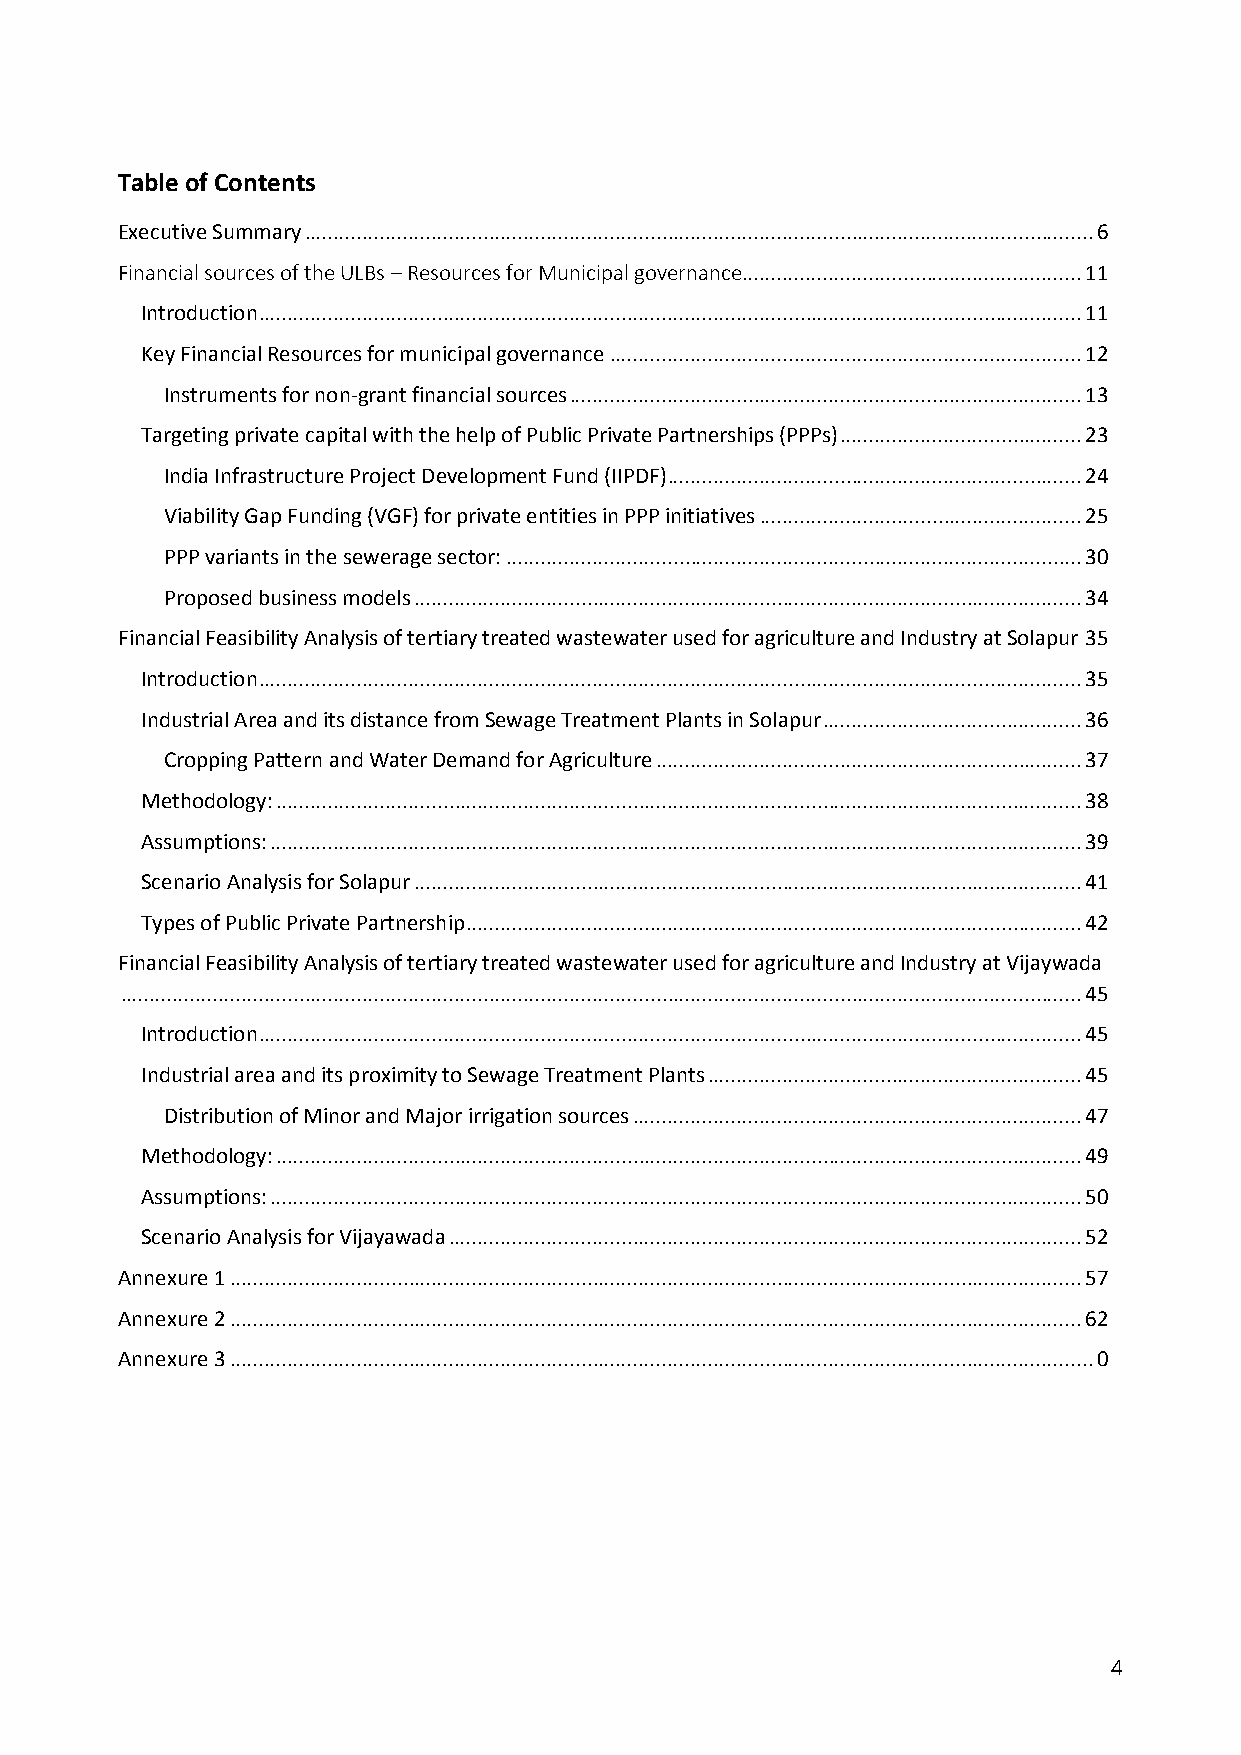
Table of Contents
 Executive Summary ......................................................................................................................................... 6
 Financial sources of the ULBs – Resources for Municipal governance ........................................................... 11
 Introduction ............................................................................................................................................... 11
 Key Financial Resources for municipal governance .................................................................................. 12
 Instruments for non-grant financial sources ......................................................................................... 13
 Targeting private capital with the help of Public Private Partnerships (PPPs) .......................................... 23
 India Infrastructure Project Development Fund (IIPDF) ........................................................................ 24
 Viability Gap Funding (VGF) for private entities in PPP initiatives ........................................................ 25
 PPP variants in the sewerage sector: .................................................................................................... 30
 Proposed business models .................................................................................................................... 34
 Financial Feasibility Analysis of tertiary treated wastewater used for agriculture and Industry at Solapur 35
 Introduction ............................................................................................................................................... 35
 Industrial Area and its distance from Sewage Treatment Plants in Solapur ............................................. 36
 Cropping Pattern and Water Demand for Agriculture .......................................................................... 37
 Methodology: ............................................................................................................................................ 38
 Assumptions: ............................................................................................................................................. 39
 Scenario Analysis for Solapur .................................................................................................................... 41
 Types of Public Private Partnership ........................................................................................................... 42
 Financial Feasibility Analysis of tertiary treated wastewater used for agriculture and Industry at Vijaywada
 ....................................................................................................................................................................... 45
 Introduction ............................................................................................................................................... 45
 Industrial area and its proximity to Sewage Treatment Plants ................................................................. 45
 Distribution of Minor and Major irrigation sources .............................................................................. 47
 Methodology: ............................................................................................................................................ 49
 Assumptions: ............................................................................................................................................. 50
 Scenario Analysis for Vijayawada .............................................................................................................. 52
 Annexure 1 .................................................................................................................................................... 57
 Annexure 2 .................................................................................................................................................... 62
 Annexure 3 ...................................................................................................................................................... 0
 4